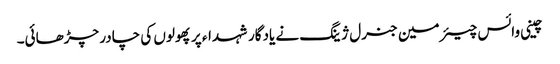
چینی وائس چیئرمین جنرل ژینگ نے یادگار شہداء پر پھولوں کی چادر چڑھائی۔